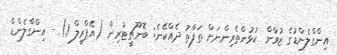
އިންގްލެންޑުގެ ޒުވާން ކުޅުންތެރިންނަށް ތަފާތު ދެއްކޭނެ: ބޮނޫޗީޓުރިން (އޭޕްރީލް 1) - އިންގްލެންޑް